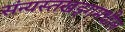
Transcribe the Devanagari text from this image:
संन्यस्तखड्गमधील